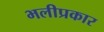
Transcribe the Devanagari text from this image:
भलीप्रकार